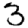
Digit: 3